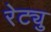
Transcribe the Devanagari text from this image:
रेट्यु